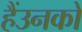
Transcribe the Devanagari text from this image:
हैंउनको